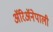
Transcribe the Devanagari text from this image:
ॲरिॲनेपाली